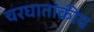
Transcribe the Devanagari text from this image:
चरघातांकीय